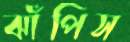
ঝাঁপিস